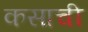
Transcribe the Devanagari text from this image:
कसाची